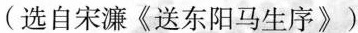
(选自宋濂《送东阳马生序》)